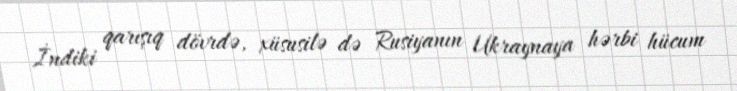
İndiki qarışıq dövrdə, xüsusilə də Rusiyanın Ukraynaya hərbi hücum